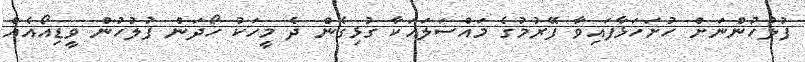
ފުލުހުންނަށް ހުށަހަޅާފައިވާ ފޭރުމުގެ މައްސަލައަކާ ގުޅިގެން ދެ މީހަކު ހޯދަން ފުލުހުން ވީޑިއޯއެއް